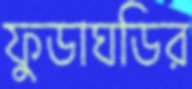
ফুডাঘডির